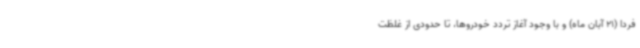
فردا (21 آبان ماه) و با وجود آغاز تردد خودروها، تا حدودی از غلظت